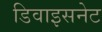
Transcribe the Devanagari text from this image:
डिवाइसनेट